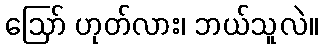
ဪ ဟုတ်လား၊ ဘယ်သူလဲ။